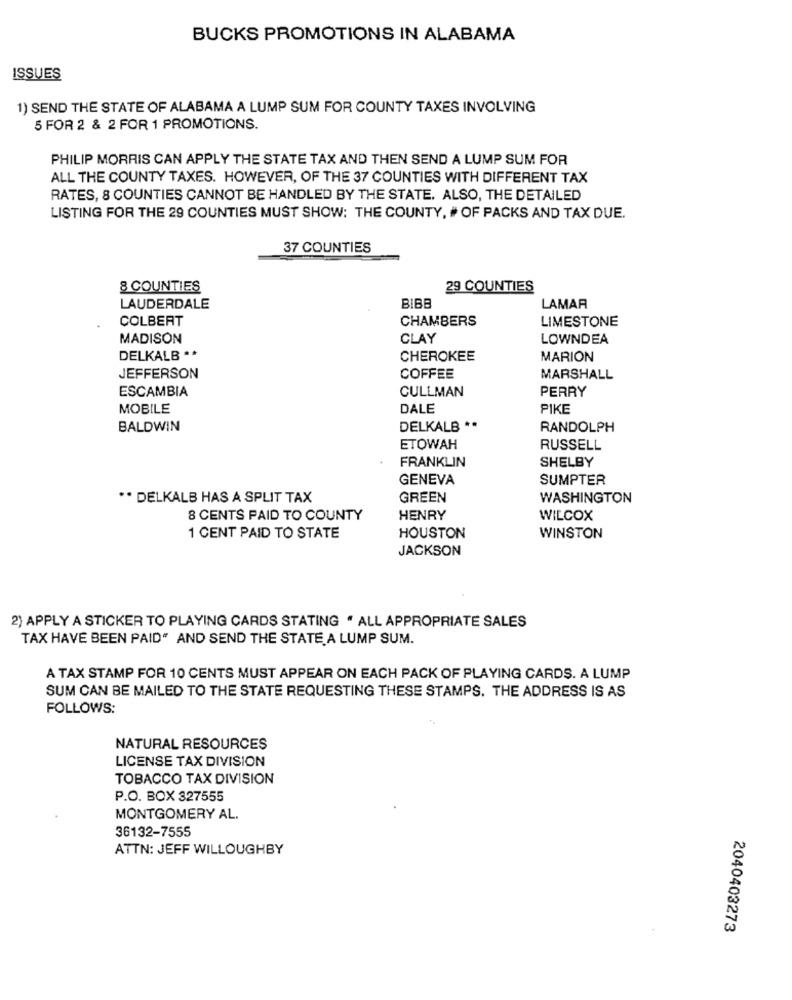
BUCKS PROMOTIONS IN ALABAMA
ISSUES
1) SEND THE STATE OF ALABAMA A LUMP SUM FOR COUNTY TAXES INVOLVING
5 FOR 2 & 2 FOR 1 PROMOTIONS.
PHILIP MORRIS CAN APPLY THE STATE TAX AND THEN SEND A LUMP SUM FOR
ALL THE COUNTY TAXES. HOWEVER, OF THE 37 COUNTIES WITH DIFFERENT TAX
RATES, 8 COUNTIES CANNOT BE HANDLED BY THE STATE. ALSO, THE DETAILED
LISTING FOR THE 29 COUNTIES MUST SHOW: THE COUNTY, # OF PACKS AND TAX DUE.
37 COUNTIES
8 COUNTIES
29 COUNTIES
LAUDERDALE
BIBB
LAMAR
COLBERT
CHAMBERS
LIMESTONE
MADISON
CLAY
LOWNDEA
DELKALB **
CHEROKEE
MARION
JEFFERSON
COFFEE
MARSHALL
ESCAMBIA
CULLMAN
PERRY
MOBILE
DALE
PIKE
BALDWIN
DELKALB **
RANDOLPH
ETOWAH
RUSSELL
FRANKLIN
SHELBY
GENEVA
SUMPTER
** DELKALB HAS A SPLIT TAX
GREEN
WASHINGTON
8 CENTS PAID TO COUNTY
HENRY
WILCOX
1 CENT PAID TO STATE
HOUSTON
WINSTON
JACKSON
2) APPLY A STICKER TO PLAYING CARDS STATING . ALL APPROPRIATE SALES
TAX HAVE BEEN PAID" AND SEND THE STATE A LUMP SUM.
A TAX STAMP FOR 10 CENTS MUST APPEAR ON EACH PACK OF PLAYING CARDS. A LUMP
SUM CAN BE MAILED TO THE STATE REQUESTING THESE STAMPS. THE ADDRESS IS AS
FOLLOWS:
NATURAL RESOURCES
LICENSE TAX DIVISION
TOBACCO TAX DIVISION
P.O. BOX 327555
MONTGOMERY AL.
36132-7555
ATTN: JEFF WILLOUGHBY
2040403273